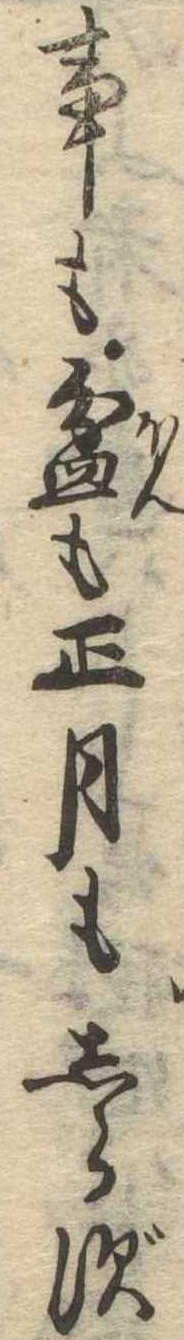
事も盆も正月もしらず